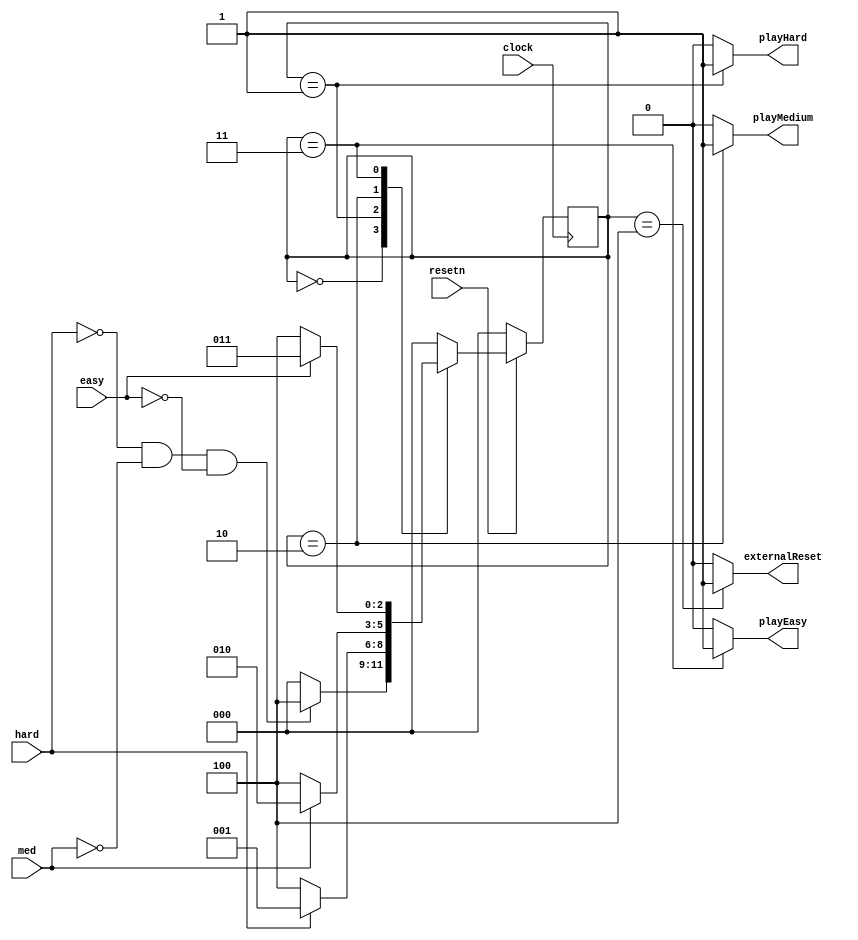
module gameDifficulty(
	input hard,
	input med,
	input easy,
	input clock,
	input resetn,
	output reg playHard, playMedium, playEasy, externalReset
	);
	
	reg [2:0] currentState, nextState;
	
	localparam IDLE = 3'd0,
				HARD = 3'd1,
				MEDIUM = 3'd2,
				EASY = 3'd3,
				GAME_OVER = 3'd4;
	
	always @ (*)
	begin: state_table
		case(currentState)
			IDLE: begin	
				nextState = (hard & ~med & ~easy) ? HARD : IDLE;
				nextState = (~hard & med & ~easy) ? MEDIUM : IDLE;
				nextState = (~hard & ~med & easy) ? EASY : IDLE;
				nextState = (~hard & ~med & ~easy) ? GAME_OVER : IDLE;
			end
			
			HARD: nextState =  hard ? HARD : GAME_OVER;
			
			MEDIUM: nextState =  med ? MEDIUM : GAME_OVER;
			
			EASY: nextState =  easy ? EASY : GAME_OVER;
			
			GAME_OVER: nextState = IDLE;
			
			default : nextState = IDLE;
		endcase
	end
	
	always @ (*)
	begin: send_game_difficulty_info
		playHard = 1'd0;
		playMedium = 1'd0;
		playEasy = 1'd0;
		externalReset = 1'd0;
		
		case (currentState)
			IDLE: begin
				playHard = 1'd0;
				playMedium = 1'd0;
				playEasy = 1'd0;
				externalReset = 1'd0;
			end
			
			HARD: playHard = 1'd1;
			
			MEDIUM: playMedium = 1'd1;
			
			EASY: playEasy = 1'd1;
			
			GAME_OVER: begin
				externalReset = 1'd1;
				playHard = 1'd0;
				playMedium = 1'd0;
				playEasy = 1'd0;
			end
			
		endcase
	end
	
	always @ (posedge clock) 
	begin
		if(!resetn)
			currentState <= IDLE;
		else
			currentState <= nextState;
	end
	
endmodule